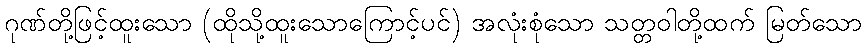
ဂုဏ်တို့ဖြင့်ထူးသော (ထိုသို့ထူးသောကြောင့်ပင်) အလုံးစုံသော သတ္တဝါတို့ထက် မြတ်သော